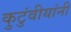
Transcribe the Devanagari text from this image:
कुटुंवीयांनी